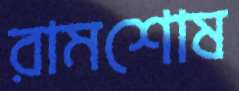
রামশোষ